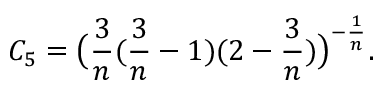
C _ { 5 } = \big ( \frac 3 n ( \frac 3 n - 1 ) ( 2 - \frac 3 n ) \big ) ^ { - \frac 1 n } .